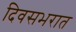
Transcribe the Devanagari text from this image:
दिवसभरात